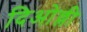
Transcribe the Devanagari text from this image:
दिओल्ली